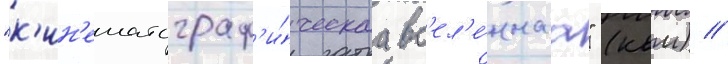
"к'ин'ематограф'и́ческаа вс'ел'е́ннаа" (квм) //